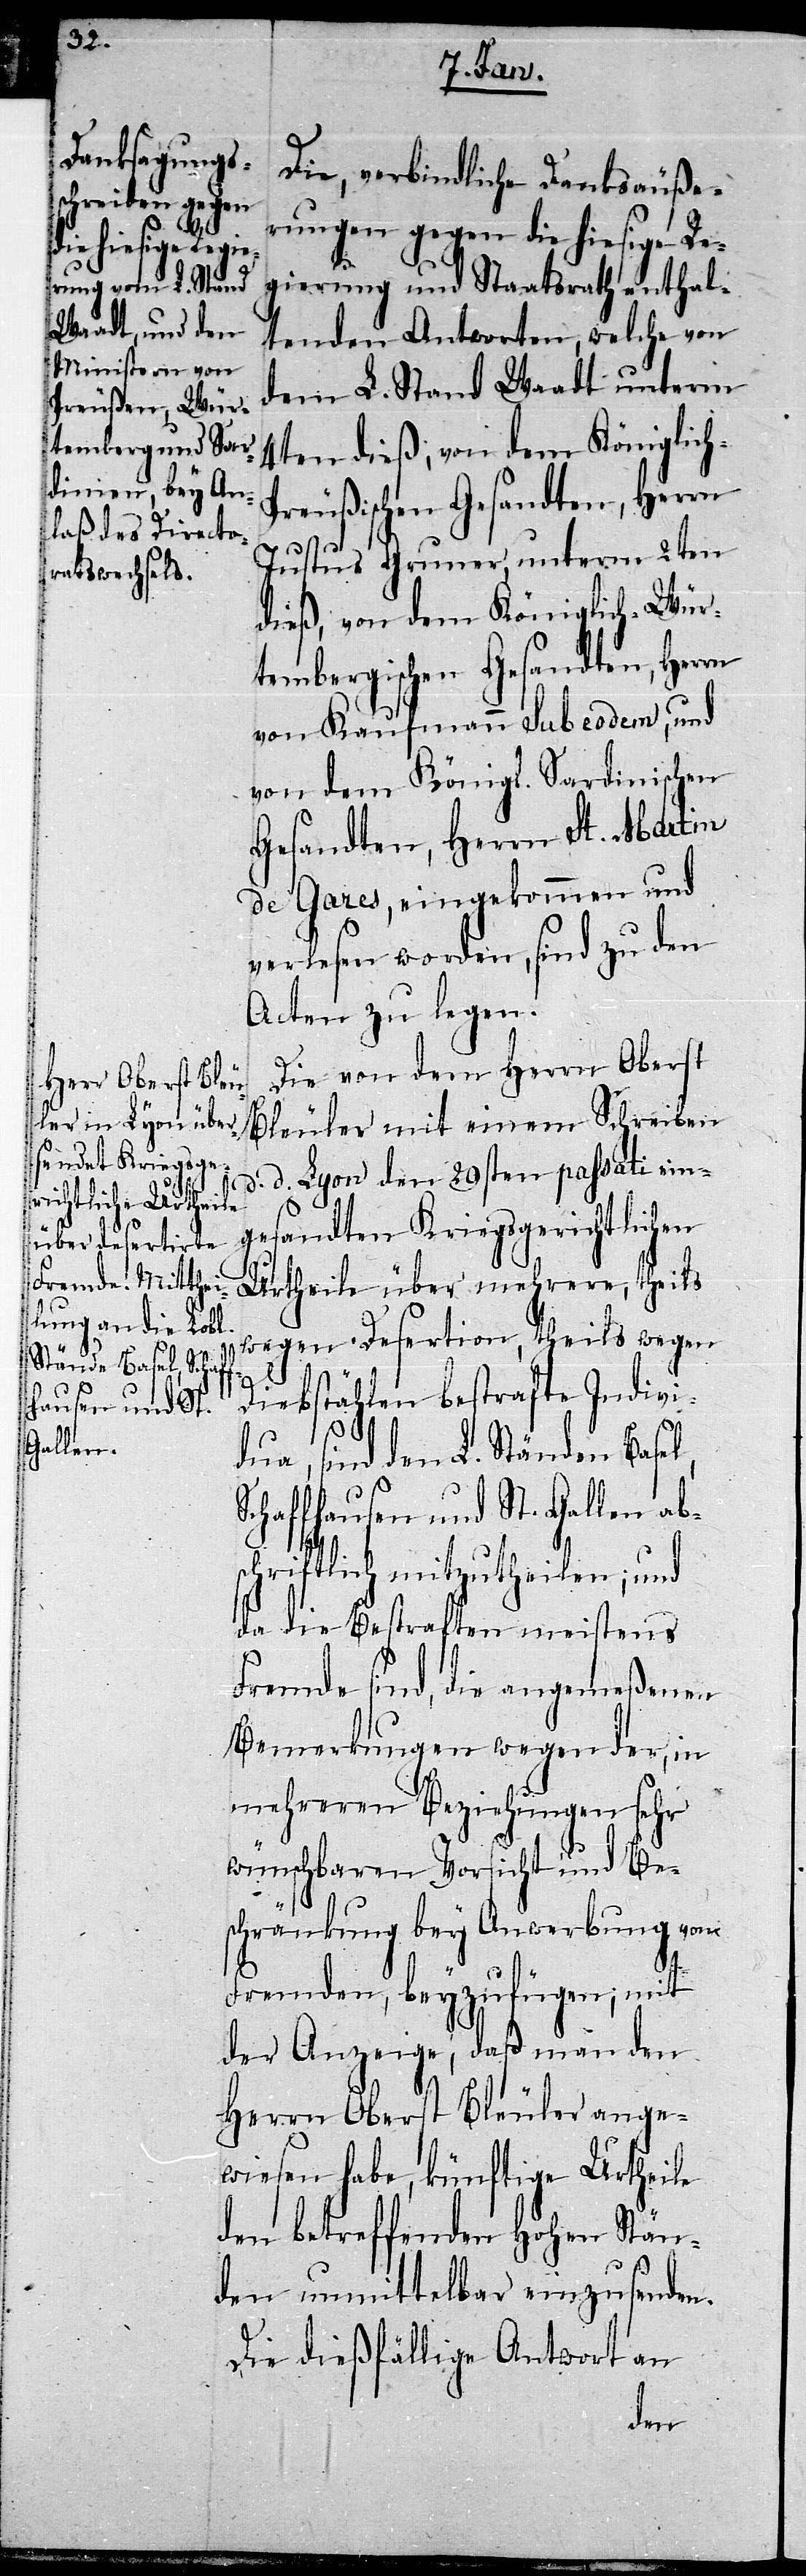
Die, verbindliche Danksäuße¬
rungen gegen die hiesige Re¬
l,
gierung und Staatsrath enthal¬
tenden Antworten, welche von
dem L. Stand Waadt unterm
reußischen Gesandten, Herrn
Justus Gruner, unterm 2ten
dieß, von dem Königlich-Wür¬
tembergischen Gesandten, Herrn
von Kaufmann sub eodem, und
von dem Königl. Sardinischen
Gesandten, Herrn St. Martin
de Gares, eingekommen und
verlesen worden, sind zu den
Acten zu legen.
Die von dem Herrn Oberst
Bleuler mit einem Schreiben
d. d. Lyon den 29sten passati ein¬
gesandten Kriegsgerichtlichen
Urtheile über mehrere, theils
wegen Desertion, theils wegen
Diebstählen bestrafte Indivi¬
dua, sind den L. Ständen Base¬
Schaffhausen und St. Gallen ab¬
schriftlich mitzutheilen; und
da die Bestraften meistens
Fremde sind, die angemeßenen
Bemerkungen wegen der, in
mehreren Beziehungen sehr
wünschbaren Vorsicht und Be¬
schränkung bey Anwerbung von
4ten
Fremden, beyzufügen; mit
der Anzeige, daß man den
Herrn Oberst Bleuler ange¬
wiesen habe, künftige Urtheile
den betreffenden Hohen Stän¬
den unmittelbar einzusenden.
Die dießfällige Antwort an